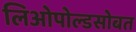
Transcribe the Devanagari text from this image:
लिओपोल्डसोबत